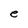
Character: e